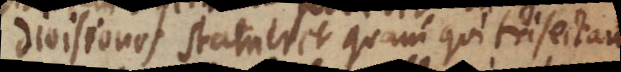
divisiones statueret quam qui trisecta